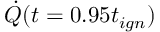
\dot { Q } ( t = 0 . 9 5 t _ { i g n } )